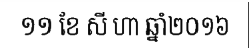
១១ ខែ សី ហា ឆ្នាំ២០១៦